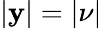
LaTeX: |\mathbf{y}|=|\nu|